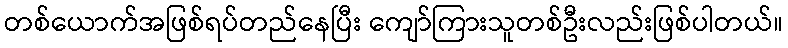
တစ်ယောက်အဖြစ်ရပ်တည်နေပြီး ကျော်ကြားသူတစ်ဦးလည်းဖြစ်ပါတယ်။